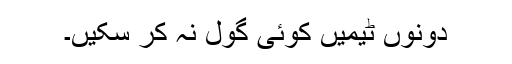
دونوں ٹیمیں کوئی گول نہ کر سکیں۔